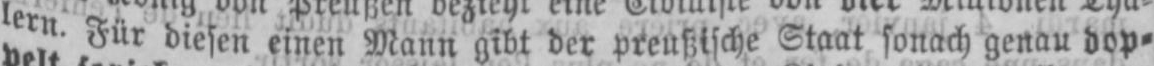
lern. Für diesen einen Mann gibt der preußische Staat sonach genau dop⸗